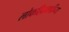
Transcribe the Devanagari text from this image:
लोकहितवादींच्या